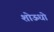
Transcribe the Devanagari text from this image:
शोऊधो